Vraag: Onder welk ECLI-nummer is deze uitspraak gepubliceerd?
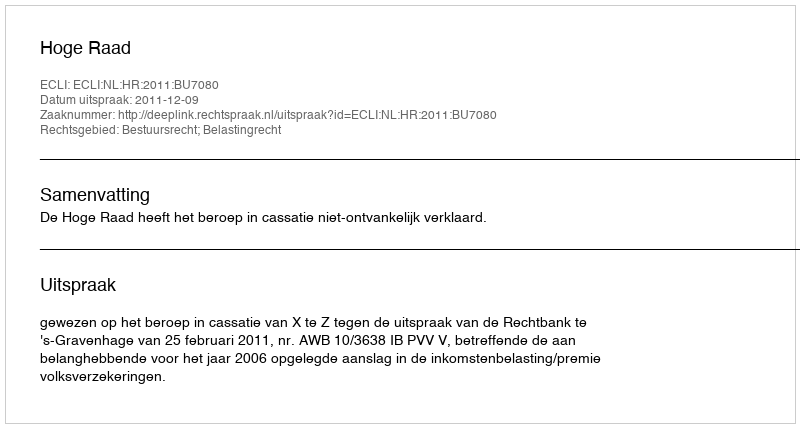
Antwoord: ECLI:NL:HR:2011:BU7080